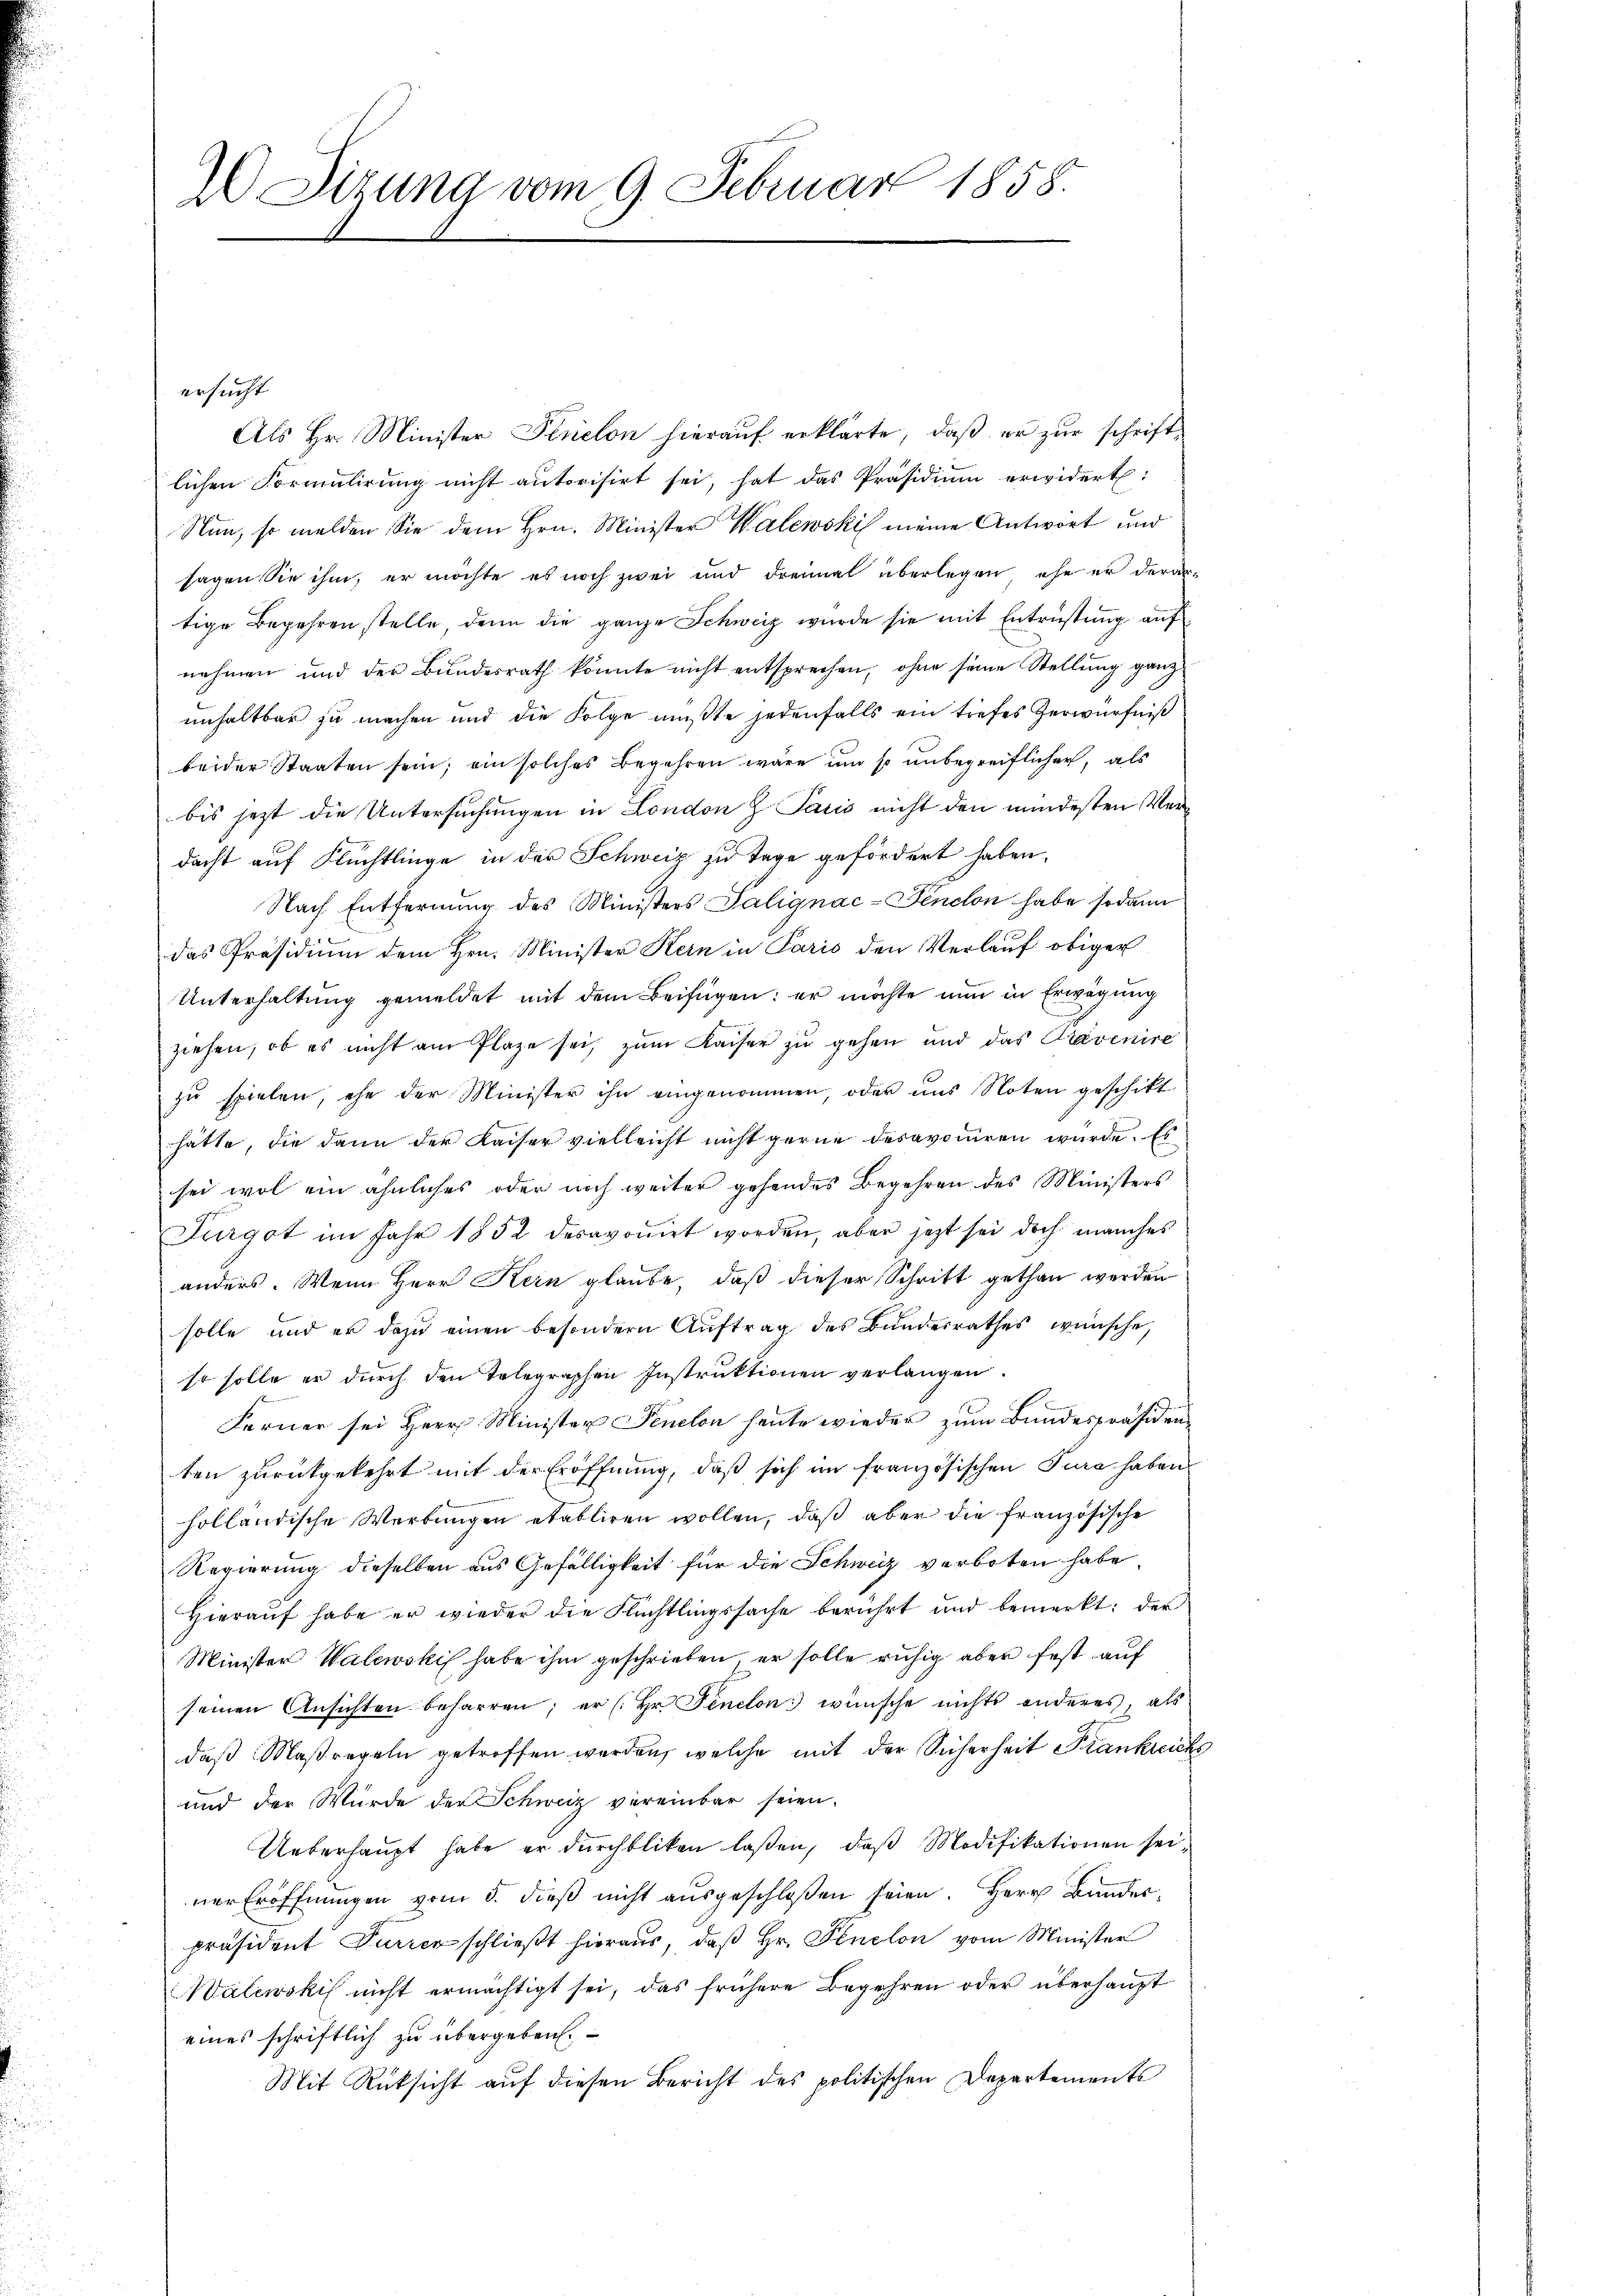
ersucht
Als Hr. Minister Ferielon hierauf erklärte, daß er zur schriftlichen Formulirung nicht autorisirt sei, hat das Präsidium erwidert:
Nun, so melden Sie dem Hrn. Minister Walewski meine Antwort und
sagen Sie ihm, er möchte es noch zwei und dreimal überlegen, ehe er derartige Begehren stelle, denn die ganze Schweiz wurde sie mit Entrüstung auf
nehmen und der Bundesrath konnte nicht entsprechen, ohne seine Stellung ganz
unhaltbar zu machen und die Folge mußte jedenfalls ein tiefes Zerwürfniß
beider Staaten sein; ein solches Begehren wäre um so unbegreiflicher, als
bis jetzt die Untersuchungen in London & Jačić nicht den mindesten Verdacht auf Flüchtlinge in der Schweiz zu Tage gefördert haben.
Nach Entfernung des Ministers Salignac-Fenchon habe sodann
das Präsidium dem Hrn. Minister Kern in Paris den Verlauf obiger
Unterhaltung gemeldet mit dem Beifügen: er möchte nun in Erwägung
ziehen, ob es nicht am Plaze sei, zum Kaiser zu gehen und das Prävenire
zu spielen, ehe der Minister ihn eingenommen, oder uns Noten geschikt
hätte, die dann der Kaiser vielleicht nicht gerne deravociren würde. Es
sei wol ein ähnliches oder noch weiter gehendes Begehren des Ministers
Furgot im Jahr 1852 desavoṁirt worden, aber jetzt sei doch manches
anders. Wenn Herr Kern glaube, daß dieser Schritt gethan werden
solle und er dazu einen besondern Auftrag des Bundesrathes wünsche,
so solle er durch den Telegraphen Instruktionen verlangen.
Ferner sei Herr Minister Penelon heute wieder zum Bundespräsidenten zŭrückgekehrt mit der Eröffnŭng, daß sich im französischen Tura haben
holländische Werbungen etabliren wollen, daß aber die französische
Regierung dieselben aus Gefälligkeit für die Schweiz verboten habe.
Hierauf habe er wieder die Flüchtlingssache berührt und bemerkt: der
Minister Walewski habe ihm geschrieben er solle ruhig aber fest auf
seinen Ansichten beharren; er (: Hr. Fenelon wünsche nichts anderes, als
daß Maßregeln getroffen werden, welche mit der Sicherheit Frankreich
und der Würde der Schweiz vereinbar seien.
Ueberhaupt habe er dŭrchbliken laßen, daβ Modifikationen seiner Eröffnŭngen vom 5. dieβ nicht aŭsgeschloßen seien. Herr Bundespräsident Furrer schließt hieraus, daß Hr. Penelon vom Minister
Walewski nicht ermächtigt sei, das frühere Begehren oder überhaupt
eines schriftlich zu übergeben.
Mit Rücksicht auf diesen Bericht des politischen Departements

2 Sizung vom 9. Februar 1858.